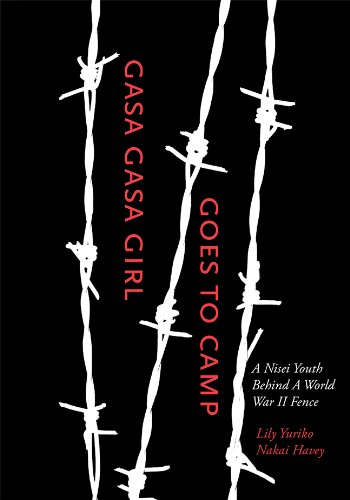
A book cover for Gasa Gasa Girl Goes to Camp: A Nisei Youth Behind A World War II Fence; Lily Yuriko Nakai Havey; Biographies & Memoirs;